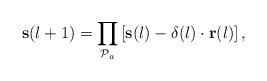
LaTeX: \begin{align*} \mathbf s{(l+1)}=\prod_{\mathcal P_{a}}\left[\mathbf s{(l)} - \delta(l) \cdot \mathbf{ r}(l)\right], \end{align*}